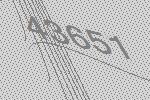
43651